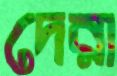
দেরা